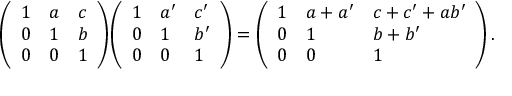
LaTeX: { \left( \begin{array} { l l l } { 1 } & { a } & { c } \\ { 0 } & { 1 } & { b } \\ { 0 } & { 0 } & { 1 } \end{array} \right) } { \left( \begin{array} { l l l } { 1 } & { a ^ { \prime } } & { c ^ { \prime } } \\ { 0 } & { 1 } & { b ^ { \prime } } \\ { 0 } & { 0 } & { 1 } \end{array} \right) } = { \left( \begin{array} { l l l } { 1 } & { a + a ^ { \prime } } & { c + c ^ { \prime } + a b ^ { \prime } } \\ { 0 } & { 1 } & { b + b ^ { \prime } } \\ { 0 } & { 0 } & { 1 } \end{array} \right) } \, .